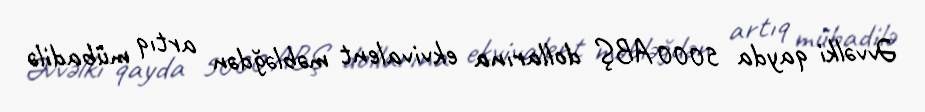
Əvvəlki qayda 5000 ABŞ dollarına ekvivalent məbləğdən artıq mübadilə